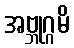
အဗ္ဘုဂ္ဂမိ